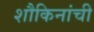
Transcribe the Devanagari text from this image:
शौकिनांची